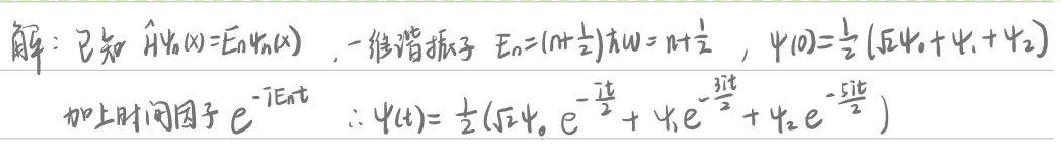
解：已知$\hat{H}\psi_n(x)=E_n\psi_n(x)$，一维谐振子$E_n=(n + \frac{1}{2})\hbar\omega=n+\frac{1}{2}$，$\psi(0)=\frac{1}{2}(\sqrt{2}\psi_0+\psi_1+\psi_2)$
加上时间因子$e^{-iE_nt}$ $\therefore\psi(t)=\frac{1}{2}(\sqrt{2}\psi_0e^{-\frac{i t}{2}}+\psi_1e^{-\frac{3it}{2}}+\psi_2e^{-\frac{5it}{2}})$